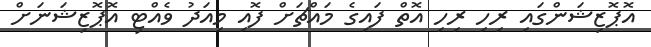
އޮޕޮޒިޝަންގައި ރިހި ރިހި އޮތް ފައިގެ މައްޗަށް ފޮއި މިއަދު ވެއްޓި އޮޕޮޒިޝަނަށް